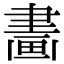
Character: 𤲿